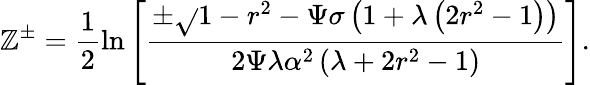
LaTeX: \mathbb{Z}^{\pm}=\frac{{1}}{{2}}\ln\left[\frac{{\pm\sqrt{}{{1-r^{2}}}-\Psi\sigma\left(1+\lambda\left(2r^{2}-1\right)\right)}}{{2\Psi\lambda\alpha^{2}\left(\lambda+2r^{2}-1\right)}}\right].